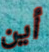
أين